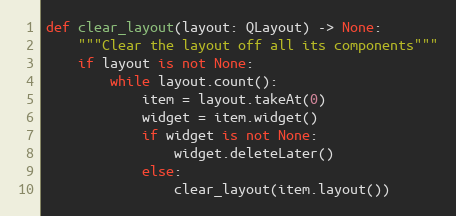
Language: Python
def clear_layout(layout: QLayout) -> None:
    """Clear the layout off all its components"""
    if layout is not None:
        while layout.count():
            item = layout.takeAt(0)
            widget = item.widget()
            if widget is not None:
                widget.deleteLater()
            else:
                clear_layout(item.layout())